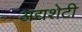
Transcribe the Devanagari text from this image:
अद्यशेटी